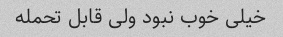
خیلی خوب نبود ولی قابل تحمله